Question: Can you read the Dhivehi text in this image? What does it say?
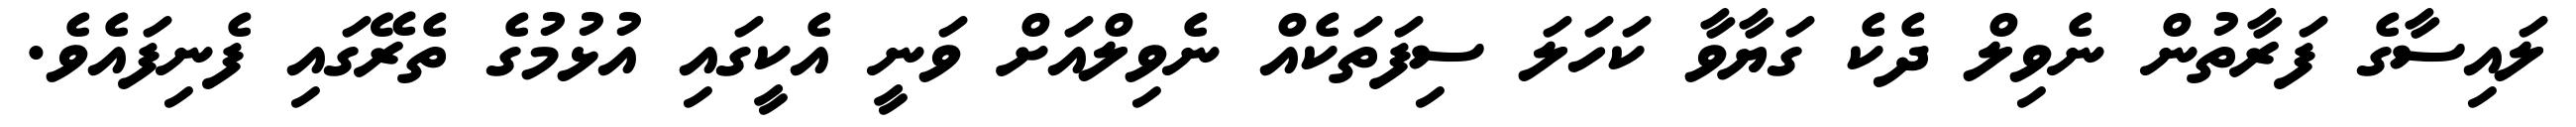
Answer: ލައިސާގެ ފަރާތުން ނެވިލް ދެކެ ގަޔާވާ ކަހަލަ ސިފަތަކެއް ނެވިލްއަށް ވަނީ އެކީގައި އުޅުމުގެ ތެރޭގައި ފެނިފައެވެ.